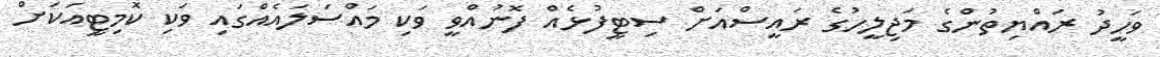
ވަހީދު ރައްޔިތުންގެ މަޖިލީހުގެ ރައީސްއަށް ސިޓީފުޅެއް ފޮނުއްވީ ވަކި މައްސަލައެއްގައި ވަކި ކޮމިޓީއަކަށް